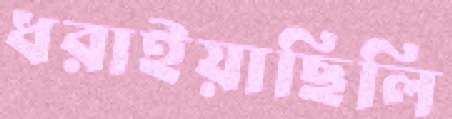
ধরাইয়াছিলি